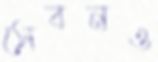
সেবনও